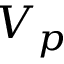
V _ { p }